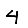
Digit: 4